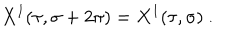
LaTeX: X ^ { I } ( \tau , \sigma + 2 \pi ) = X ^ { I } ( \tau , \sigma ) ~ .